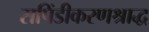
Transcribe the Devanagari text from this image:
सपिंडीकरणश्राद्ध